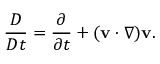
\frac { D \v } { D t } = \frac { \partial \v } { \partial t } + ( \mathbf { v } \cdot \nabla ) \mathbf { v } .